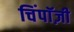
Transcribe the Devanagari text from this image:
चिंपाॅज़ी